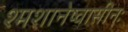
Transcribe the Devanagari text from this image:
श्मशानेष्वासीनः